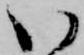
い